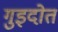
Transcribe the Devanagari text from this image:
गुइदोत